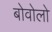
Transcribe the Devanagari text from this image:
बोवोलो